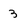
Character: 3